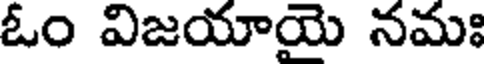
ఓం విజయాయె నమః